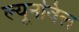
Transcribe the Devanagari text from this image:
ल्यूनविल